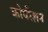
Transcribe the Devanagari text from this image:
कोर्परेशन